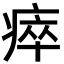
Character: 瘁